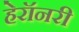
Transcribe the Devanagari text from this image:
हेरॉनरी